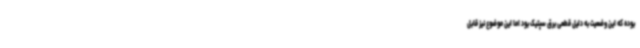
بوده که این وضعیت به دلیل قطعی برق سپتیک بود اما این موضوع نیز قابل